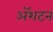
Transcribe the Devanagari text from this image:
ॲशटन